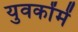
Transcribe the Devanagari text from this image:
युवकोंमें